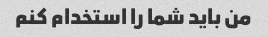
من باید شما را استخدام کنم